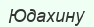
Юдахину